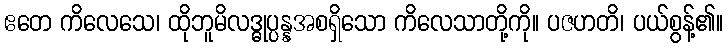
ဧတေ ကိလေသေ၊ ထိုဘူမိလဒ္ဓုပ္ပန္နအစရှိသော ကိလေသာတို့ကို။ ပဇဟတိ၊ ပယ်စွန့်၏။